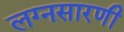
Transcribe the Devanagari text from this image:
लग्नसारणी